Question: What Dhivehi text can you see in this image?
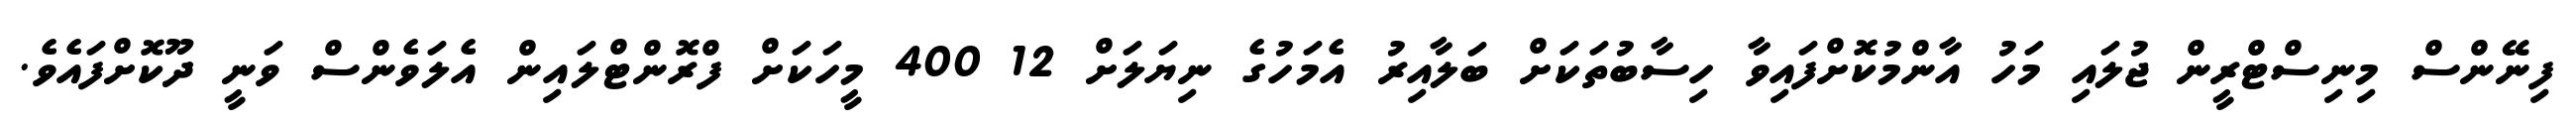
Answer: ފިނޭންސް މިނިސްޓްރީން ޖުލައި މަހު އާންމުކޮށްފައިވާ ހިސާބުތަކަށް ބަލާއިރު އެމަހުގެ ނިޔަލަށް 12 400 މީހަކަށް ފްރޮންޓްލައިން އެލަވެންސް ވަނީ ދޫކޮށްފައެވެ.